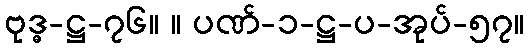
ဗုဒ္ဓ-ဋ္ဌ-၇၆။ ။ ပဏ်-၁-ဋ္ဌ-ပ-အုပ်-၅၇။